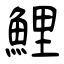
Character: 鯉